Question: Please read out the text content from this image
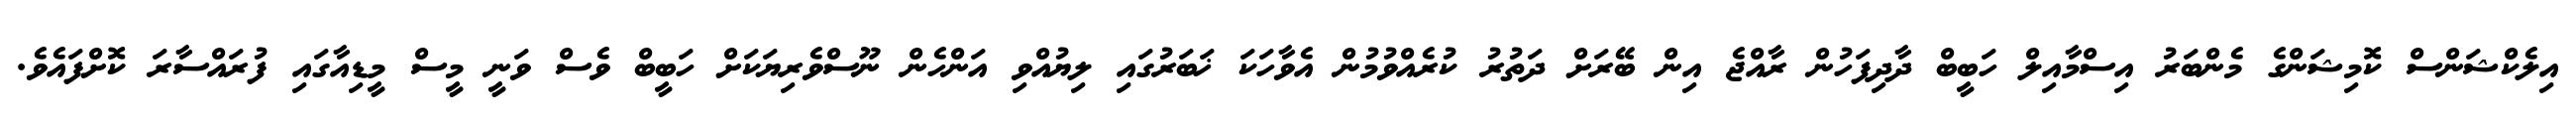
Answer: އިލެކްޝަންސް ކޮމިޝަންގެ މެންބަރު އިސްމާއިލް ހަބީބް ދާދިފަހުން ރާއްޖެ އިން ބޭރަށް ދަތުރު ކުރެއްވުމުން އެވާހަކަ ޚަބަރުގައި ލިޔުއްވި އަންހެން ނޫސްވެރިޔަކަށް ހަބީބް ވެސް ވަނީ މީސް މީޑިއާގައި ފުރައްސާރަ ކޮށްފައެވެ.